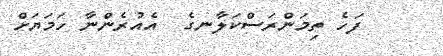
ފަހެ ތިމަންރަސްކަލާނގެ  އެއުރެންނާ ހަމަޔަށް